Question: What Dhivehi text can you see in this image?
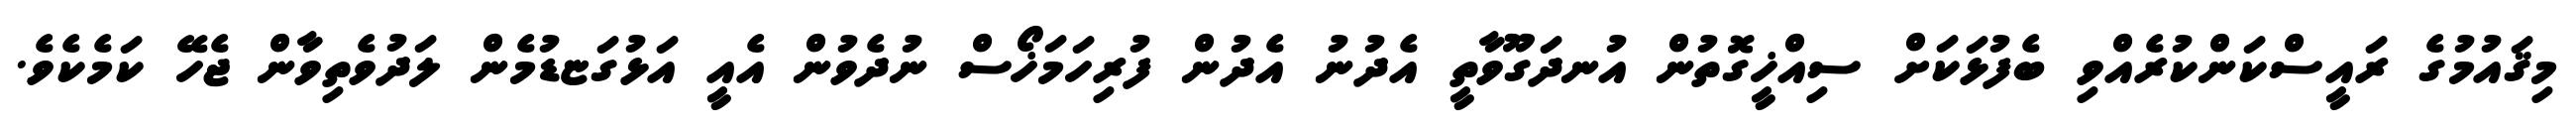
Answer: މިޤައުމުގެ ރައީސްކަންކުރެއްވި ބެފުޅަކަށް ސިއްޚީގޮތުން އުނދަގޫވާތީ އެދުނު އެދުން ފުރިހަމަޚޯސް ނުދެވުން އެއީ އަޅުގަޏޑުމެން ލަދުވެތިވާން ޖެހޭ ކަމެކެވެ.